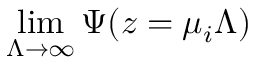
\operatorname* { l i m } _ { \Lambda \to \infty } \Psi ( z = \mu _ { i } \Lambda )